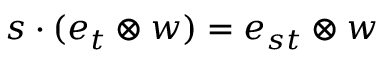
s \cdot ( e _ { t } \otimes w ) = e _ { s t } \otimes w